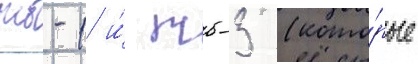
тб-1 и́ тб-3 (кото́рые